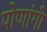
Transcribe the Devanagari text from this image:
पोणांगी